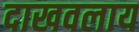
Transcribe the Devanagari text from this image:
दाखवलाय